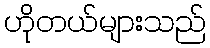
ဟိုတယ်များသည်